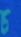
চ